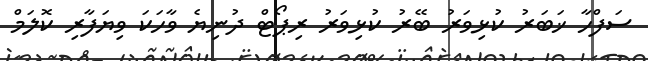
ސަފްހާ ޚަބަރު ކުޅިވަރު ބޭރު ކުޅިވަރު ރިޕޯޓް ދުނިޔެ ވާހަކަ ވިޔަފާރި ކޮލަމް